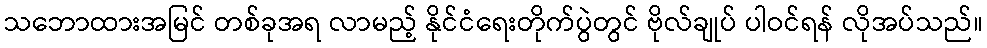
သဘောထားအမြင် တစ်ခုအရ လာမည့် နိုင်ငံရေးတိုက်ပွဲတွင် ဗိုလ်ချုပ် ပါဝင်ရန် လိုအပ်သည်။